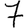
Digit: 7